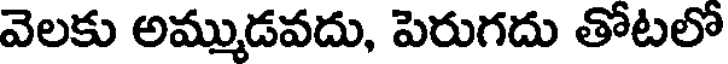
వెలకు అమ్ముడవదు, పెరుగదు తోటలో